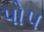
પો૫